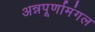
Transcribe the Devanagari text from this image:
अन्नपूर्णामंगल